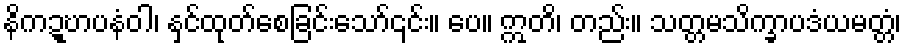
နိကဍ္ဎာပနံဝါ၊ နှင်ထုတ်စေခြင်းသော်၎င်း။ ပေ။ ဣတိ၊ တည်း။ သတ္တမသိက္ခာပဒံယမတ္တံ၊